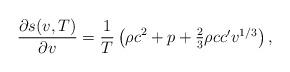
LaTeX: \begin{align*}{{\partial s(v,T)}\over{\partial v}}={1\over T}\left(\rho c^2+p+\textstyle{2\over 3}\rho cc^{\prime}v^{1/3}\right),\end{align*}